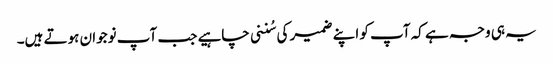
یہ ہی وجہ ہے کہ آپ کو اپنے ضمیر کی سُننی چاہیے جب آپ نوجوان ہوتے ہیں۔